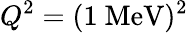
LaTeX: Q^{2}=(1~\mathrm{MeV})^{2}